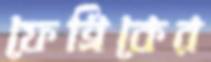
ফেব্রিকের